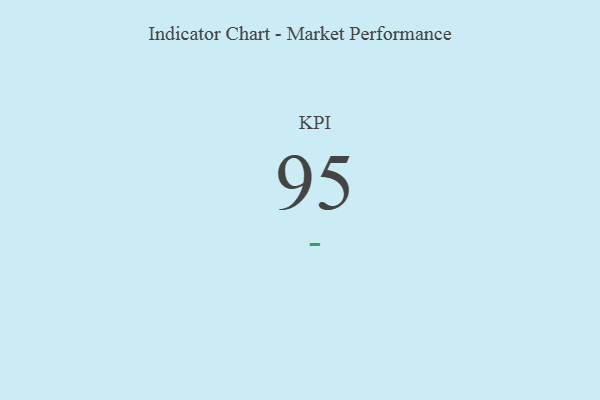
{"axis": {"x": "KPI", "y": "Value"}, "legend": [""], "data": [{"x": "KPI", "y": 95, "type": ""}]}